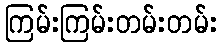
ကြမ်းကြမ်းတမ်းတမ်း